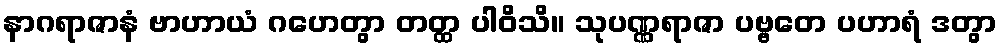
နာဂရာဇာနံ ဗာဟာယံ ဂဟေတွာ တတ္ထ ပါဝိသိ။ သုပဏ္ဏရာဇာ ပဗ္ဗတေ ပဟာရံ ဒတွာ